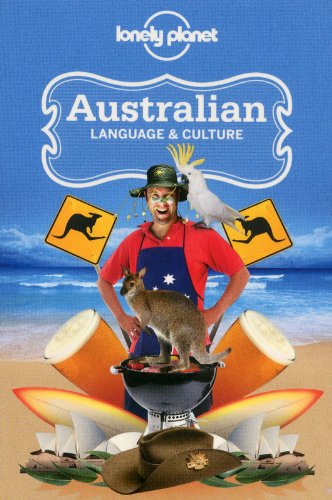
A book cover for Australian Language & Culture (Lonely Planet Language & Culture: Australian); Lonely Planet; Travel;